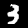
Digit: 3